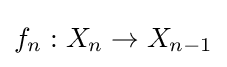
f_{n}:X_{n}\to X_{n-1}